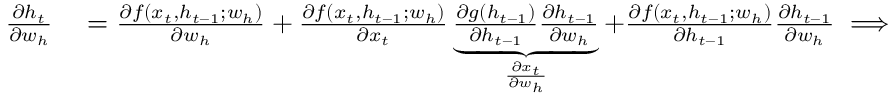
\begin{array} { r l } { \frac { \partial h _ { t } } { \partial w _ { h } } } & { { } = \frac { \partial f ( x _ { t } , h _ { t - 1 } ; w _ { h } ) } { \partial w _ { h } } + \frac { \partial f ( x _ { t } , h _ { t - 1 } ; w _ { h } ) } { \partial x _ { t } } \underbrace { \frac { \partial g ( h _ { t - 1 } ) } { \partial h _ { t - 1 } } \frac { \partial h _ { t - 1 } } { \partial w _ { h } } } _ { \frac { \partial x _ { t } } { \partial w _ { h } } } + \frac { \partial f ( x _ { t } , h _ { t - 1 } ; w _ { h } ) } { \partial h _ { t - 1 } } \frac { \partial h _ { t - 1 } } { \partial w _ { h } } \implies } \end{array}